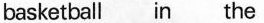
basketball in the